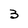
Character: 3